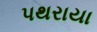
પથરાયા